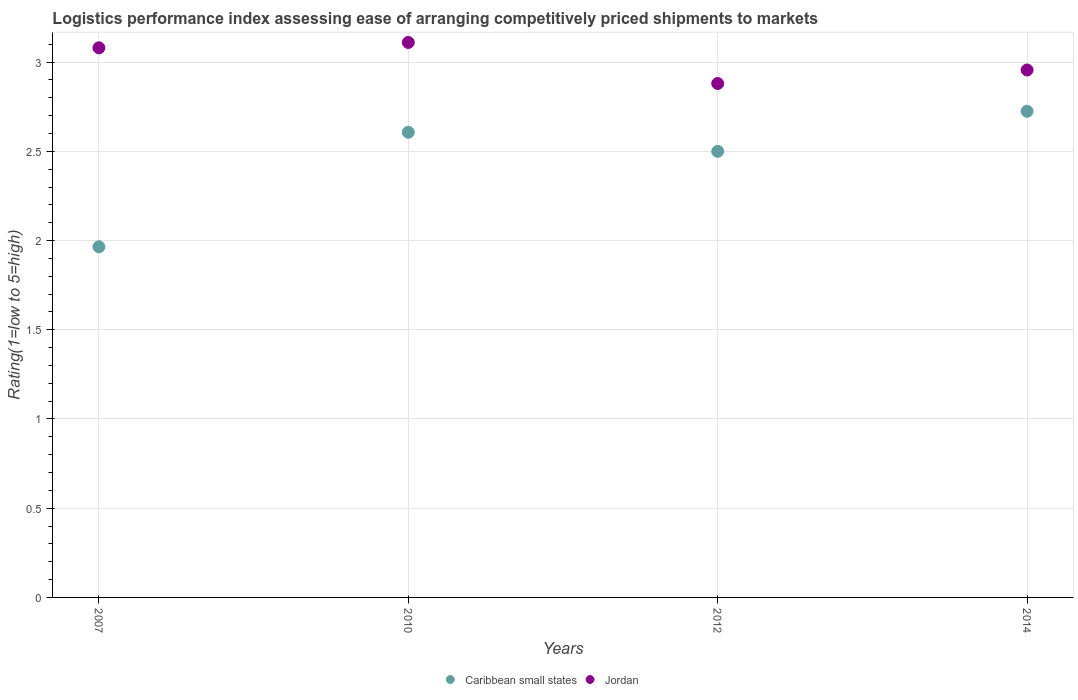
| Years | Caribbean small states | Jordan |
 | --- | --- | --- |
 | 2007 | 1.97 | 3.08 |
 | 2010 | 2.61 | 3.11 |
 | 2012 | 2.5 | 2.88 |
 | 2014 | 2.72 | 2.96 |